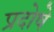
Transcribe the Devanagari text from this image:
प्रदोषे